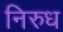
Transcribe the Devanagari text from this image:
निरुध